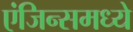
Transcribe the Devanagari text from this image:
एंजिन्समध्ये